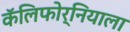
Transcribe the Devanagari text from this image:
कॅलिफोर्नियाला